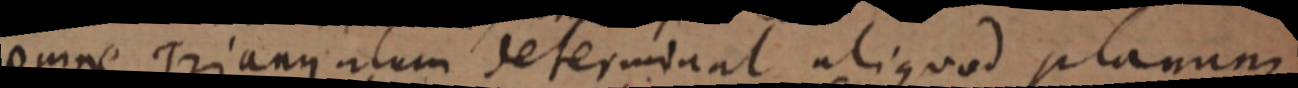
omne Triangulum determinant aliquod planum